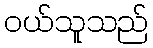
ဝယ်သူသည်